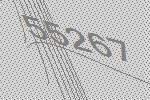
55267